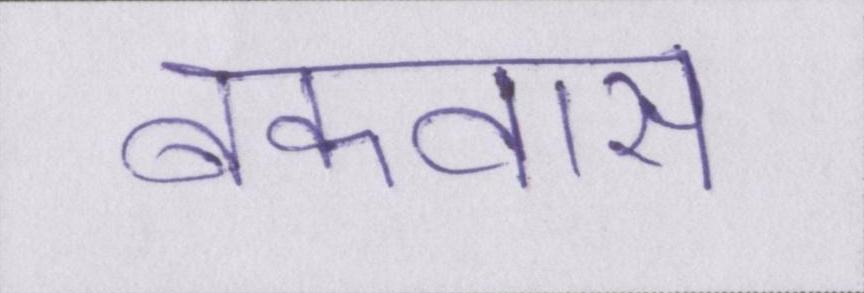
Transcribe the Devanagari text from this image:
बकवास